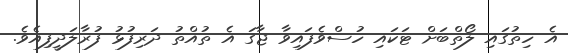
އެ ހިތުގައި ލޯތްބަށް ޓަކައި ހުސްވެފައިވާ ޖާގަ އެ ތުއްތު ދަރިފުޅު ފުރާލަދީފިއެވެ.